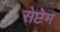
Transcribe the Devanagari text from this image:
सेप्टेम